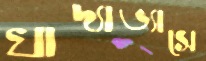
খাদ্যাভ্যাসে